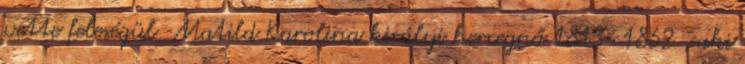
vette feleségül. Matild Karolina királyi hercegnő 1813–1862 , aki